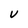
Character: V